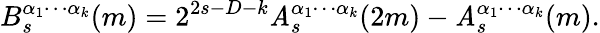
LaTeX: B_{s}^{\alpha_{1}\cdots\alpha_{k}}(m)=2^{2s-D-k}\mathit{A}_{s}^{\alpha_{1}\cdots\alpha_{k}}(2m)-\mathit{A}_{s}^{\alpha_{1}\cdots\alpha_{k}}(m).